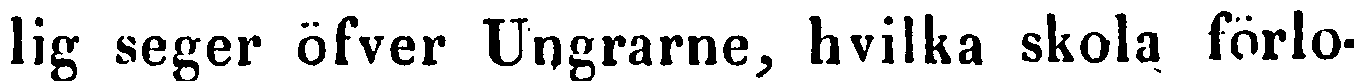
lig seger öfver Ungrarne, hvilka skola förlo-